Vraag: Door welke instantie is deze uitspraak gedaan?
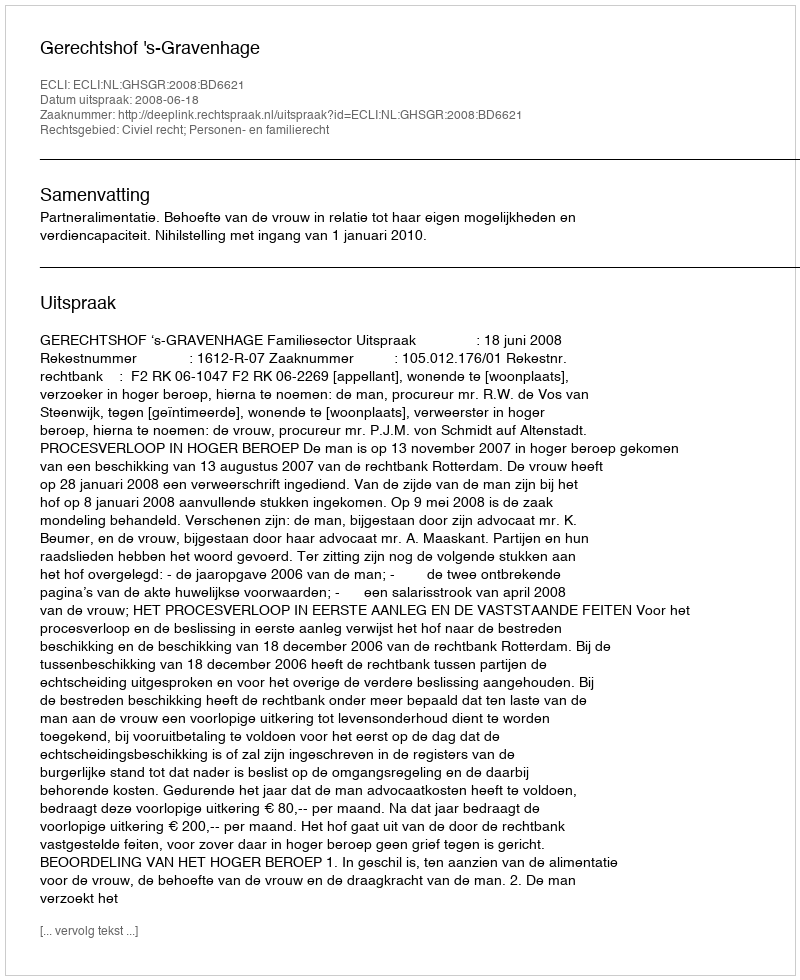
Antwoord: Gerechtshof 's-Gravenhage